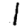
Digit: 1